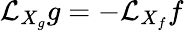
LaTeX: \mathcal{L}_{X_{g}}g=\mathcal{-L}_{X_{f}}f